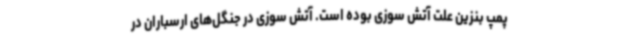
پمپ بنزین علت آتش سوزی بوده است. آتش سوزی در جنگل‌های ارسباران در